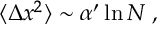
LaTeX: \langle \Delta x ^ { 2 } \rangle \sim \alpha ^ { \prime } \ln N \; ,